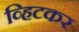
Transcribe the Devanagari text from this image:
व्हिटकर